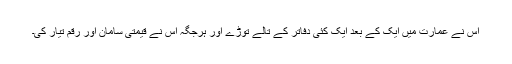
اس نے عمارت میں ایک کے بعد ایک کئی دفاتر کے تالے توڑے اور ہرجگہ اس نے قیمتی سامان اور رقم تیار کی۔